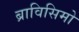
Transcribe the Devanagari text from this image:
ब्राविसिमो